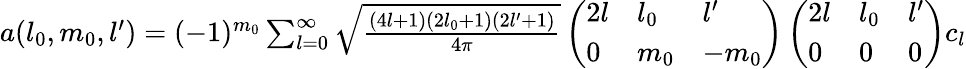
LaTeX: \begin{array}{r}{a(l_{0},m_{0},l^{\prime})=(-1)^{m_{0}}\sum_{l=0}^{\infty}\sqrt{\frac{(4l+1)(2l_{0}+1)(2l^{\prime}+1)}{4\pi}}\left(\begin{array}{lll}{2l}&{l_{0}}&{l^{\prime}}\\ {0}&{m_{0}}&{-m_{0}}\end{array}\right)\left(\begin{array}{lll}{2l}&{l_{0}}&{l^{\prime}}\\ {0}&{0}&{0}\end{array}\right)c_{l}}\end{array}